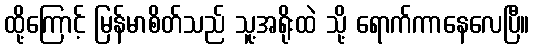
ထို့ကြောင့် မြန်မာစိတ်သည် သူ့အရိုးထဲ သို့ ရောက်ကာနေလေပြီ။